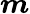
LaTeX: \boldsymbol{m}